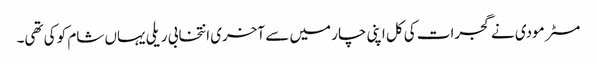
مسٹر مودی نے گجرات کی کل اپنی چار میں سے آخری انتخابی ریلی یہاں شام کو کی تھی۔